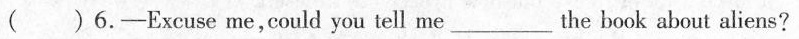
( )6.-Excuse me,could you tell me___the book about aliens?